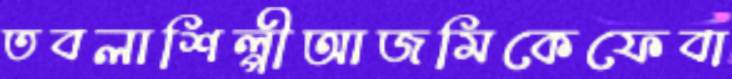
তবলাশিল্পীআজমিকেফেবা